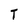
Character: T